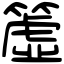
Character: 𥲤